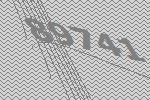
89741